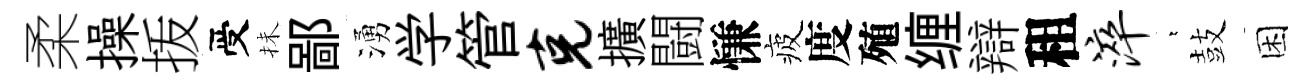
柔操㧞受抺鄙湧学管克擴闘慊疲度殖缠辯租淬萋鼓困